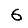
Digit: 6